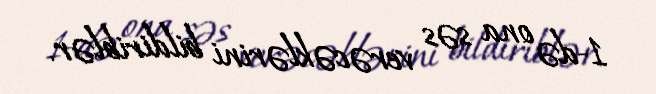
1-də ona səs verəcəklərini bildiriblər.